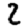
Digit: 2